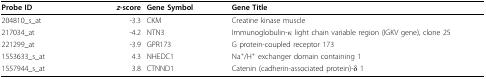
| Probe ID | z-score | Gene Symbol | Gene Title |
 | --- | --- | --- | --- |
 | 204810_s_at | -3.3 | CKM | Creatine kinase muscle |
 | 217034_at | -4.2 | NTN3 | Immunoglobulin-κ light chain variable region (IGKV gene), clone 25 |
 | 221299_at | -3.9 | GPR173 | G protein-coupled receptor 173 |
 | 1553633_s_at | 4.3 | NHEDC1 | Na+/H+ exchanger domain containing 1 |
 | 1557944_s_at | 3.8 | CTNND1 | Catenin (cadherin-associated protein)-δ 1 |